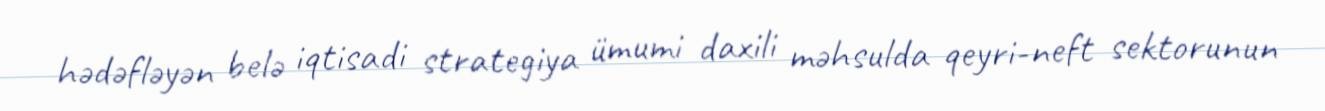
hədəfləyən belə iqtisadi strategiya ümumi daxili məhsulda qeyri-neft sektorunun